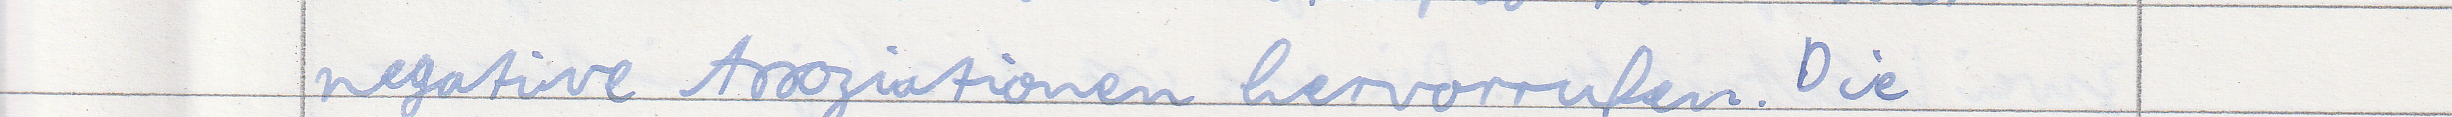
negative Assoziationen hervorrufen. Die